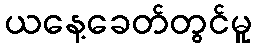
ယနေ့ခေတ်တွင်မူ